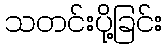
သတင်းပို့ခြင်း